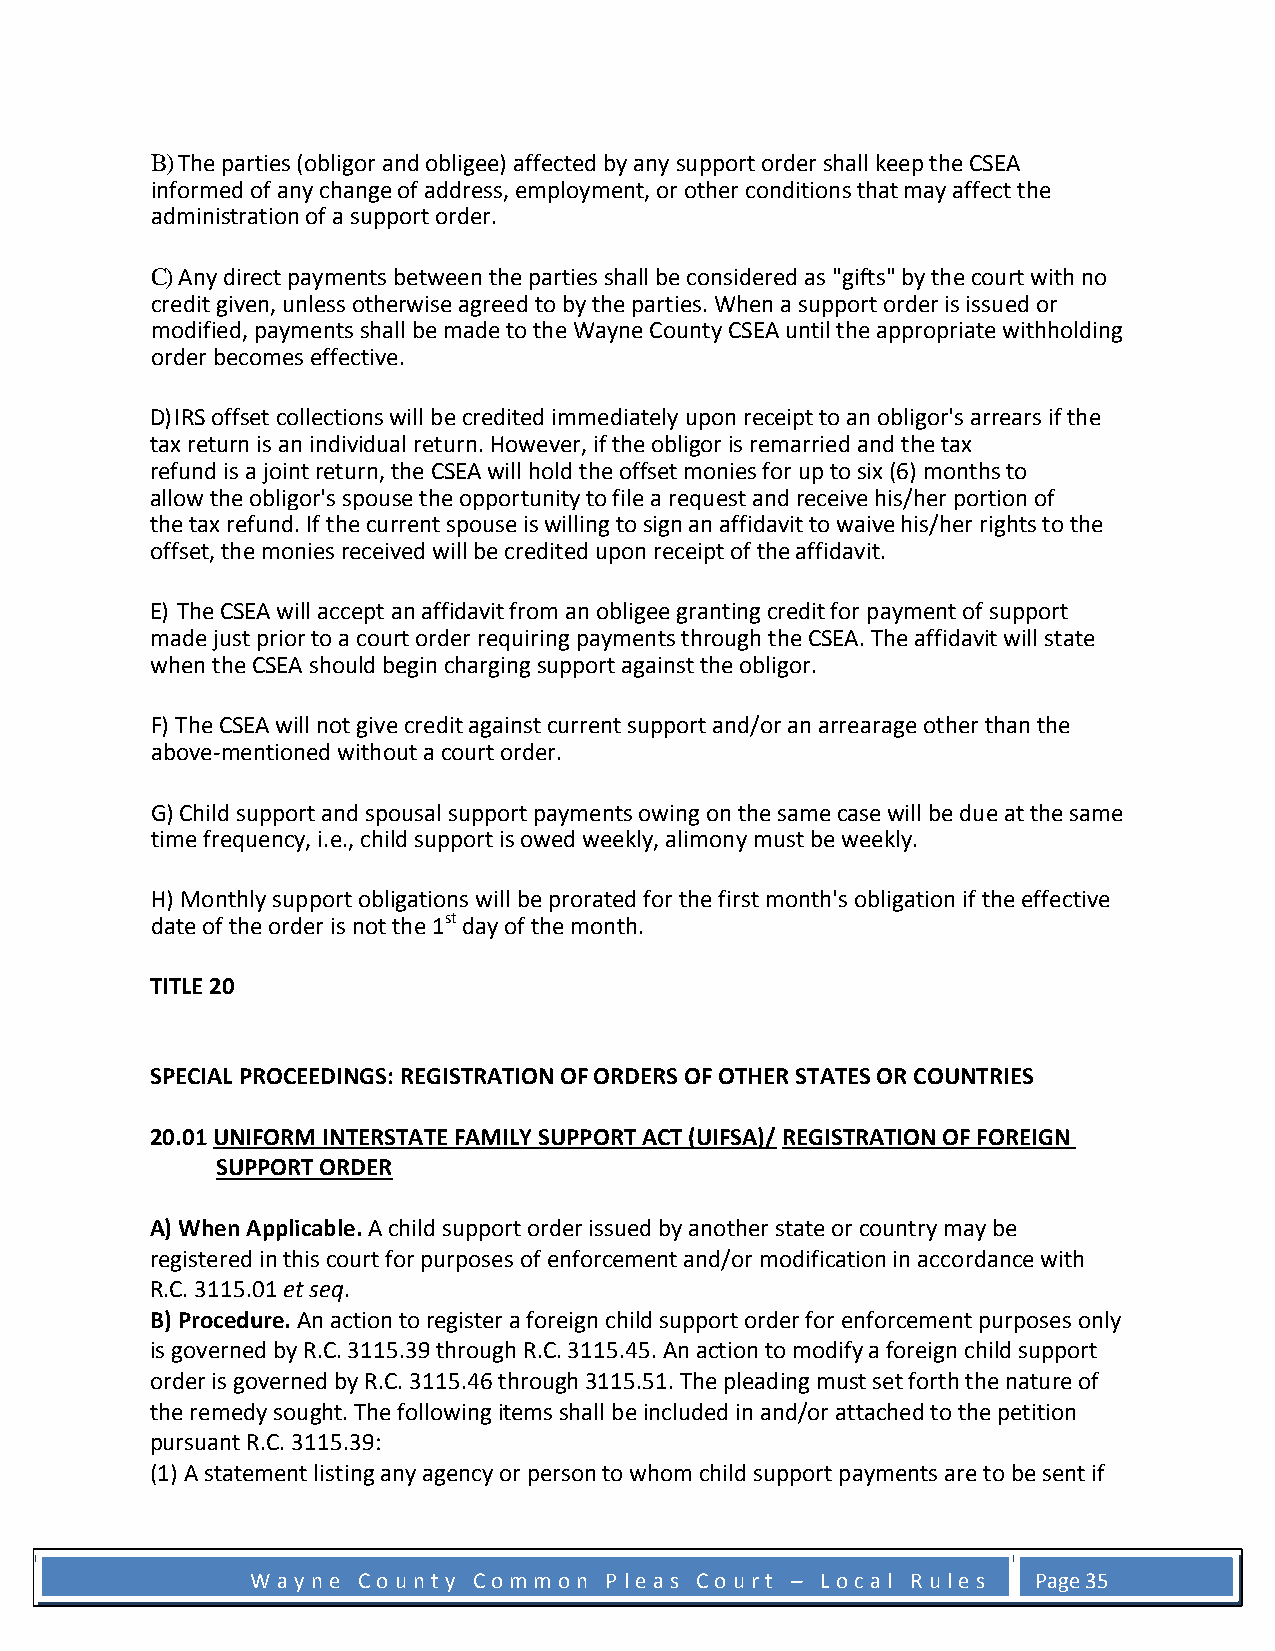
B) The parties (obligor and obligee) affected by any support order shall keep the CSEA
 informed of any change of address, employment, or other conditions that may affect the
 administration of a support order.
 C) Any direct payments between the parties shall be considered as "gifts" by the court with no
 credit given, unless otherwise agreed to by the parties. When a support order is issued or
 modified, payments shall be made to the Wayne County CSEA until the appropriate withholding
 order becomes effective.
 D) IRS offset collections will be credited immediately upon receipt to an obligor's arrears if the
 tax return is an individual return. However, if the obligor is remarried and the tax
 refund is a joint return, the CSEA will hold the offset monies for up to six (6) months to
 allow the obligor's spouse the opportunity to file a request and receive his/her portion of
 the tax refund. If the current spouse is willing to sign an affidavit to waive his/her rights to the
 offset, the monies received will be credited upon receipt of the affidavit.
 E) The CSEA will accept an affidavit from an obligee granting credit for payment of support
 made just prior to a court order requiring payments through the CSEA. The affidavit will state
 when the CSEA should begin charging support against the obligor.
 F) The CSEA will not give credit against current support and/or an arrearage other than the
 above-mentioned without a court order.
 G) Child support and spousal support payments owing on the same case will be due at the same
 time frequency, i.e., child support is owed weekly, alimony must be weekly.
 H) Monthly support obligations will be prorated for the first month's obligation if the effective
 date of the order is not the 1st day of the month.
 TITLE 20
 SPECIAL PROCEEDINGS: REGISTRATION OF ORDERS OF OTHER STATES OR COUNTRIES
 20.01 UNIFORM INTERSTATE FAMILY SUPPORT ACT (UIFSA)/ REGISTRATION OF FOREIGN
 SUPPORT ORDER
 A) When Applicable. A child support order issued by another state or country may be
 registered in this court for purposes of enforcement and/or modification in accordance with
 R.C. 3115.01 et seq.
 B) Procedure. An action to register a foreign child support order for enforcement purposes only
 is governed by R.C. 3115.39 through R.C. 3115.45. An action to modify a foreign child support
 order is governed by R.C. 3115.46 through 3115.51. The pleading must set forth the nature of
 the remedy sought. The following items shall be included in and/or attached to the petition
 pursuant R.C. 3115.39:
 (1) A statement listing any agency or person to whom child support payments are to be sent if
 W a y n e C o u n t y C o m m o n P l e a s C o u r t – L o c a l R u l e s Page 35